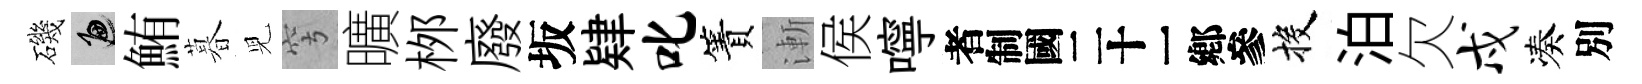
磯遍鮪暮児穹曠桞廢坂肄叱簀漸侯嚀识投泊欠戍凑別